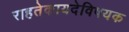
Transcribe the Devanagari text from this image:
राहतेकायदेविषयक